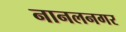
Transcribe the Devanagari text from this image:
नानलनगर